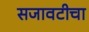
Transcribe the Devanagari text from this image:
सजावटीचा